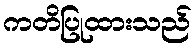
ကတိပြုထားသည်